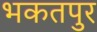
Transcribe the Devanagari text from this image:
भकतपुर